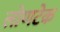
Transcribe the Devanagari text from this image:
लोणटेक